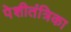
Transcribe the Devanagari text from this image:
पेशीतंत्रिका